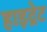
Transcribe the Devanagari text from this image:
हाइद्रेट